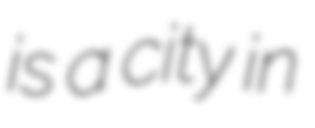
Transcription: is a city in